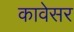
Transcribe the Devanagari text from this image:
कावेसर